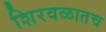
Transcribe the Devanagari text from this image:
शिरवळातच